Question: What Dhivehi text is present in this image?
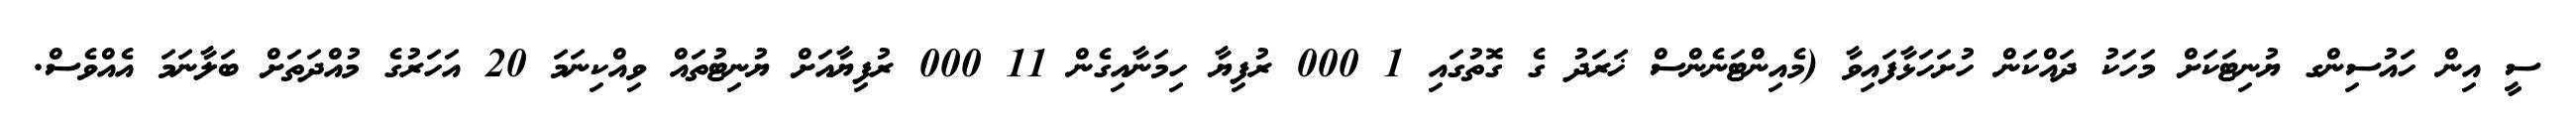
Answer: ސީ އިން ހައުސިންގ ޔުނިޓަކަށް މަހަކު ދައްކަން ހުށަހަޅާފައިވާ (މެއިންޓަނެންސް ޚަރަދު ގެ ގޮތުގައި 1 000 ރުފިޔާ ހިމަނާއިގެން 11 000 ރުފިޔާއަށް ޔުނިޓުތައް ވިއްކިނަމަ 20 އަހަރުގެ މުއްދަތަށް ބަލާނަމަ އެއްވެސް.